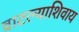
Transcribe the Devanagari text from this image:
वाटल्याशिवाय